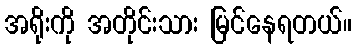
အရိုးကို အတိုင်းသား မြင်နေရတယ်။